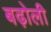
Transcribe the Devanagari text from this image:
बढ़ोली